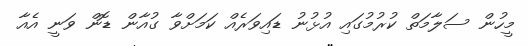
މީހުން ސަލާމަތް ކުރުމުގައި އުޅުނު ޑައިވަރެއް ކަމަށްވާ ގުއާން ޑޮން ވަނީ އެއާ